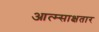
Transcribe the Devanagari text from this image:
आत्म्साक्षतार